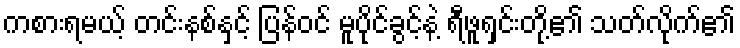
ကစားရမယ့် တင်းနစ်နှင့် ပြန်ဝင် မူပိုင်ခွင့်နဲ့ ရီဖူရှင်းတို့၏ သတ်လိုက်၏